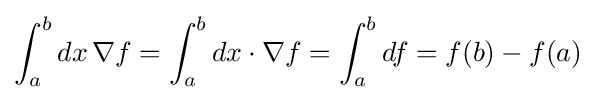
\int _{a}^{b}dx\,\nabla f=\int _{a}^{b}dx\cdot \nabla f=\int _{a}^{b}df=f(b)-f(a)